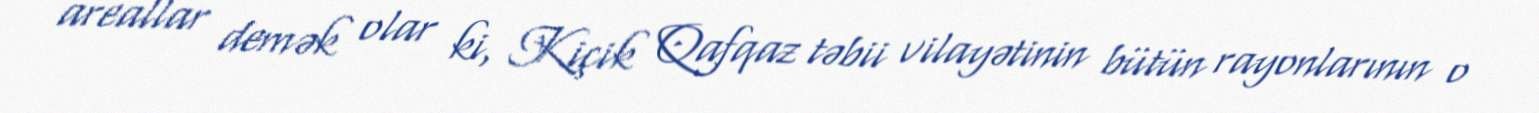
areallar demək olar ki, Kiçik Qafqaz təbii vilayətinin bütün rayonlarının o